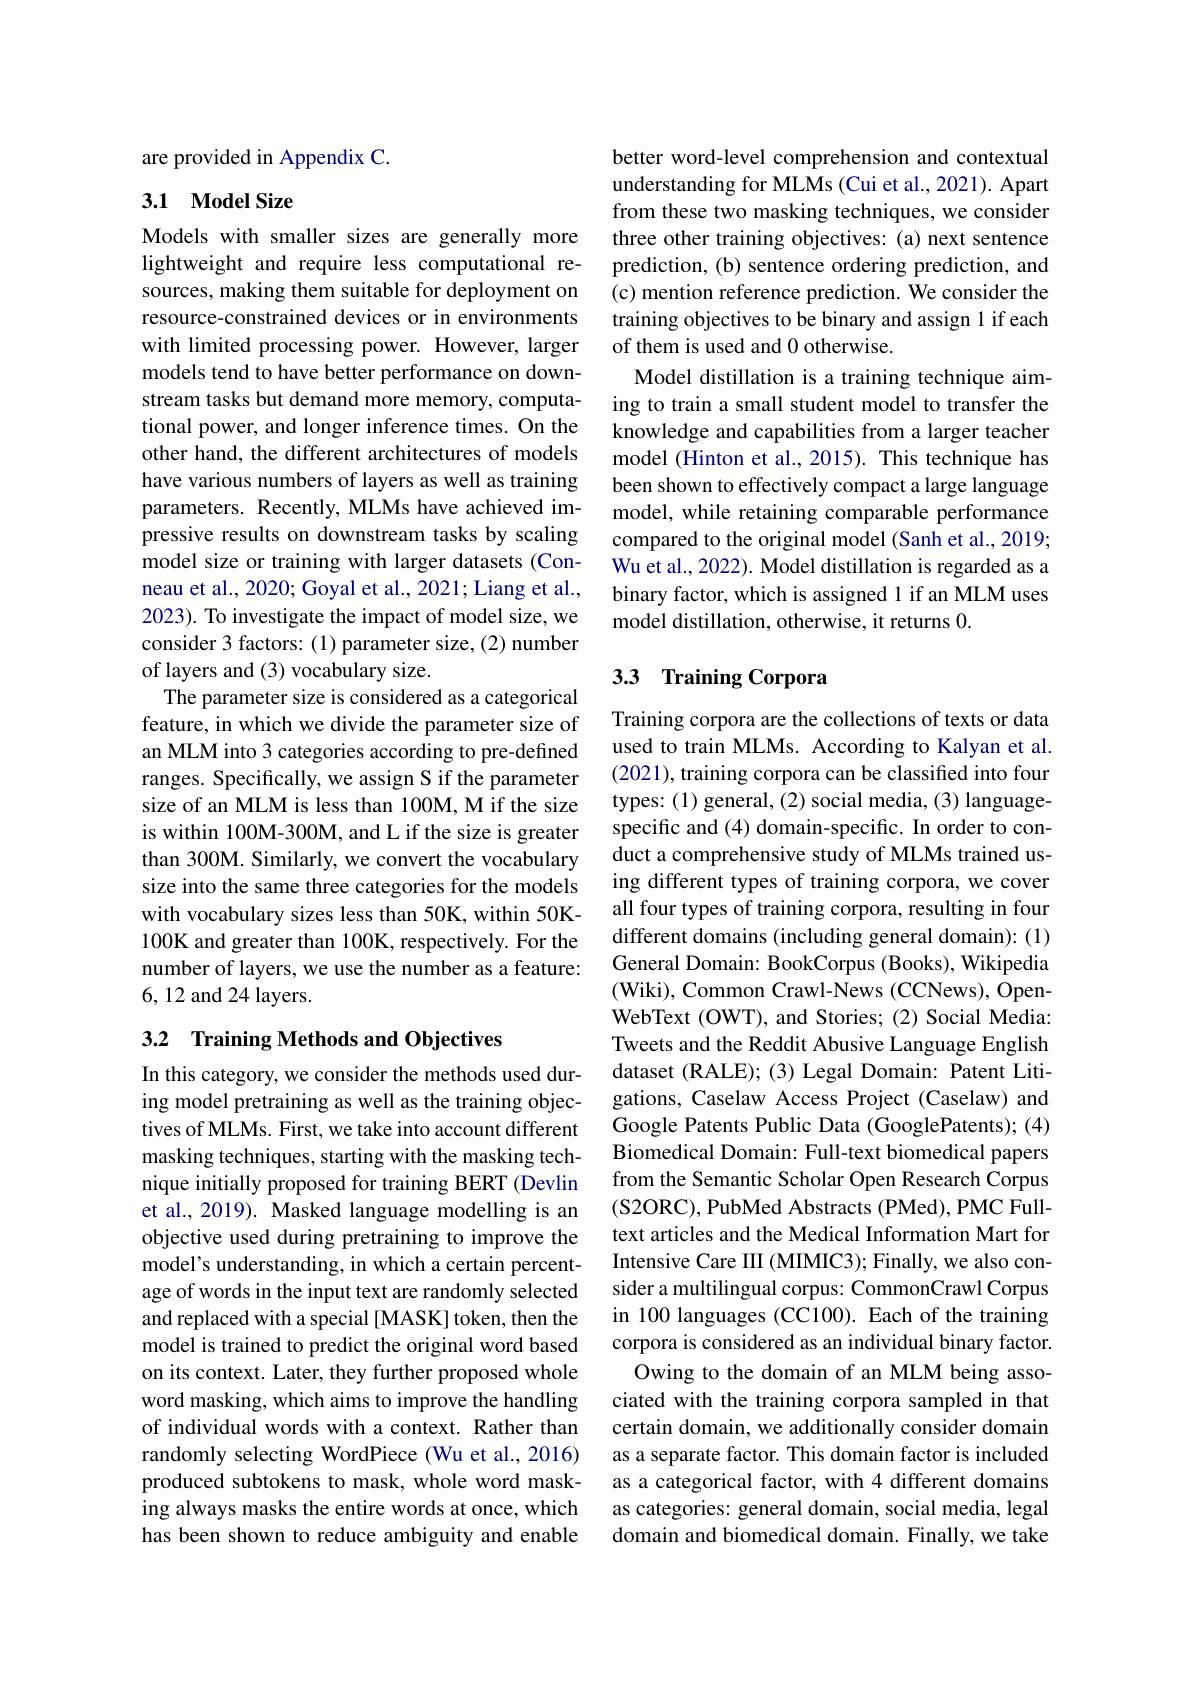
are provided in Appendix C.

## 3.1 Model Size

Models with smaller sizes are generally more lightweight and require less computational resources, making them suitable for deployment on resource-constrained devices or in environments with limited processing power. However, larger models tend to have better performance on downstream tasks but demand more memory, computational power, and longer inference times. On the other hand, the different architectures of models have various numbers of layers as well as training parameters. Recently, MLMs have achieved impressive results on downstream tasks by scaling model size or training with larger datasets (Conneau et al., 2020; Goyal et al., 2021; Liang et al., 2023). To investigate the impact of model size, we consider 3 factors: (1) parameter size, (2) number of layers and (3) vocabulary size.
The parameter size is considered as a categorical feature, in which we divide the parameter size of an MLM into 3 categories according to pre-defined ranges. Specifically, we assign S if the parameter size of an MLM is less than 100M, M if the size is within 100M-300M, and L if the size is greater than 300M. Similarly, we convert the vocabulary size into the same three categories for the models with vocabulary sizes less than 50K, within 50K- 100K and greater than 100K, respectively. For the number of layers, we use the number as a feature: 6,12 and 24 layers.

## 3.2 Training Methods and Objectives

In this category, we consider the methods used during model pretraining as well as the training objectives of MLMs. First, we take into account different masking techniques, starting with the masking technique initially proposed for training BERT (Devlin et al., 2019). Masked language modelling is an objective used during pretraining to improve the model's understanding, in which a certain percentage of words in the input text are randomly selected and replaced with a special [MASK] token, then the model is trained to predict the original word based on its context. Later, they further proposed whole word masking, which aims to improve the handling of individual words with a context. Rather than randomly selecting WordPiece (Wu et al., 2016) produced subtokens to mask, whole word masking always masks the entire words at once, which has been shown to reduce ambiguity and enable

better word-level comprehension and contextual understanding for MLMs (Cui et al., 2021). Apart from these two masking techniques, we consider three other training objectives: (a) next sentence prediction, (b) sentence ordering prediction, and (c) mention reference prediction. We consider the training objectives to be binary and assign l if each of them is used and 0 otherwise.
Model distillation is a training technique aiming to train a small student model to transfer the knowledge and capabilities from a larger teacher model (Hinton et al., 2015). This technique has been shown to effectively compact a large language model, while retaining comparable performance compared to the original model (Sanh et al., 2019; Wu et al., 2022). Model distillation is regarded as a binary factor, which is assigned 1 if an MLM uses model distillation, otherwise, it returns 0.

## 3.3 Training Corpora

Training corpora are the collections of texts or data used to train MLMs. According to Kalyan et al. (2021), training corpora can be classified into four types: (1) general, (2) social media, (3) languagespecific and (4) domain-specific. In order to conduct a comprehensive study of MLMs trained using different types of training corpora, we cover all four types of training corpora, resulting in four different domains (including general domain): (1) General Domain: BookCorpus (Books), Wikipedia (Wiki), Common Crawl-News (CCNews), OpenWebText (OWT), and Stories; (2) Social Media: Tweets and the Reddit Abusive Language English dataset (RALE); (3) Legal Domain: Patent Litigations, Caselaw Access Project (Caselaw) and Google Patents Public Data (GooglePatents); (4) Biomedical Domain: Full-text biomedical papers from the Semantic Scholar Open Research Corpus (S2ORC), PubMed Abstracts (PMed), PMC Fulltext articles and the Medical Information Mart for Intensive Care III (MIMIC3); Finally, we also consider a multilingual corpus: CommonCrawl Corpus in 100 languages (CC100). Each of the training corpora is considered as an individual binary factor.
Owing to the domain of an MLM being associated with the training corpora sampled in that certain domain, we additionally consider domain as a separate factor. This domain factor is included as a categorical factor, with 4 different domains as categories: general domain, social media, legal domain and biomedical domain. Finally, we take